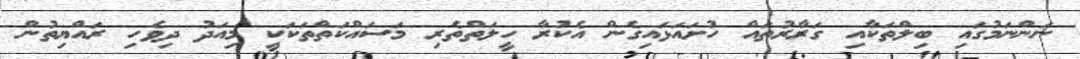
ނަންނަމުގައި ބިލްތަކާއި ގަރާރުތައް ހުށައަޅައިގެން އެކުރާ ހީލަތްތެރި މަސައްކަތްތަކަކީ މިއަދު ދިވެހި ރައްޔިތުން